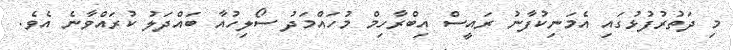
މި ދަތުރުފުޅުގައި އެމަނިކުފާނު ރައީސް އިބްރާހިމް މުހައްމަދު ސޯލިހުއާ ބައްދަލު ކުރައްވާނެ އެވެ.